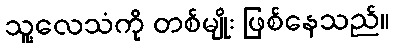
သူ့လေသံကို တစ်မျိုး ဖြစ်နေသည်။